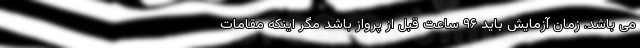
می باشد. زمان آزمایش باید ۹۶ ساعت قبل از پرواز باشد مگر اینکه مقامات